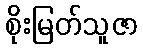
စိုးမြတ်သူဇာ